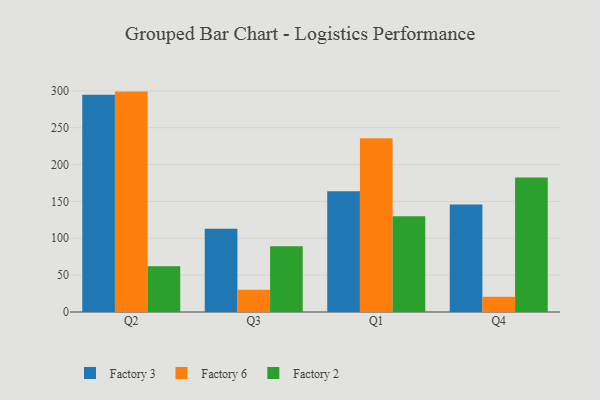
{"axis": {"x": "Quarter", "y": "Latency (ms)"}, "legend": ["Factory 2", "Factory 3", "Factory 6"], "data": [{"x": "Q2", "y": 294.7, "type": "Factory 3"}, {"x": "Q2", "y": 299.0, "type": "Factory 6"}, {"x": "Q2", "y": 62.1, "type": "Factory 2"}, {"x": "Q3", "y": 113.1, "type": "Factory 3"}, {"x": "Q3", "y": 30.3, "type": "Factory 6"}, {"x": "Q3", "y": 89.3, "type": "Factory 2"}, {"x": "Q1", "y": 163.8, "type": "Factory 3"}, {"x": "Q1", "y": 235.7, "type": "Factory 6"}, {"x": "Q1", "y": 129.8, "type": "Factory 2"}, {"x": "Q4", "y": 145.7, "type": "Factory 3"}, {"x": "Q4", "y": 20.7, "type": "Factory 6"}, {"x": "Q4", "y": 182.5, "type": "Factory 2"}]}